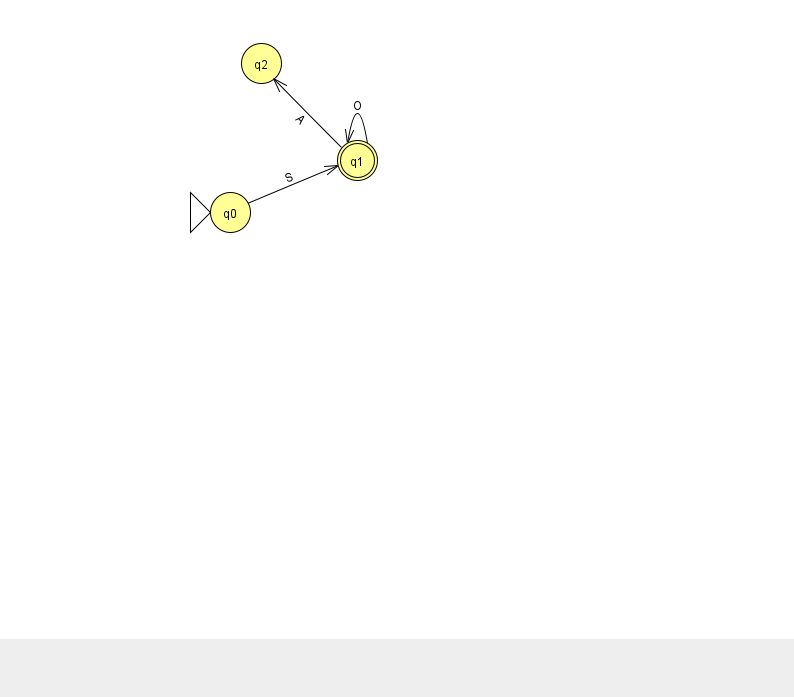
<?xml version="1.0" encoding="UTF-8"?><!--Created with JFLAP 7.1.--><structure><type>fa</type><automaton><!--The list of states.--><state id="0" name="q0"><x>230.0</x><y>199.0</y><initial/></state><state id="1" name="q1"><x>357.0</x><y>147.0</y><final/></state><state id="2" name="q2"><x>261.0</x><y>50.0</y></state><!--The list of transitions.--><transition><from>1</from><to>2</to><read>A</read></transition><transition><from>0</from><to>1</to><read>S</read></transition><transition><from>1</from><to>1</to><read>O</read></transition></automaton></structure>